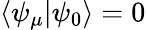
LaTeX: \langle\psi_{\mu}|\psi_{0}\rangle=0